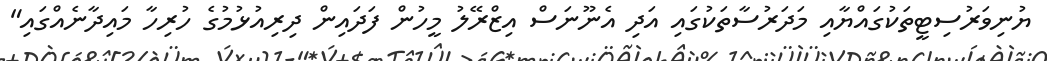
ޔުނިވަރުސިޓީތަކުގައްޔާއި މަދަރުސާތަކުގައި އަދި އެނޫނަސް އިޒްރޭލު މީހުން ފަދައިން ދިރިއުޅުމުގެ ހުރިހާ މައިދާނެއްގައި"